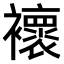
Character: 𧞷